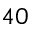
4 0